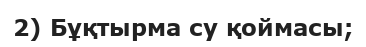
2) Бұқтырма су қоймасы;